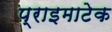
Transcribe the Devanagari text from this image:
प्राइमाटेक